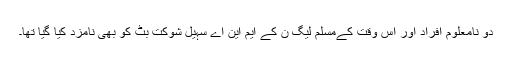
دو نامعلوم افراد اور اس وقت کےمسلم لیگ ن کے ایم این اے سہیل شوکت بٹ کو بھی نامزد کیا گیا تھا۔